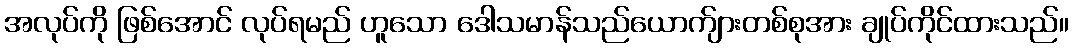
အလုပ်ကို ဖြစ်အောင် လုပ်ရမည် ဟူသော ဒေါသမာန်သည်ယောက်ျားတစ်စုအား ချုပ်ကိုင်ထားသည်။